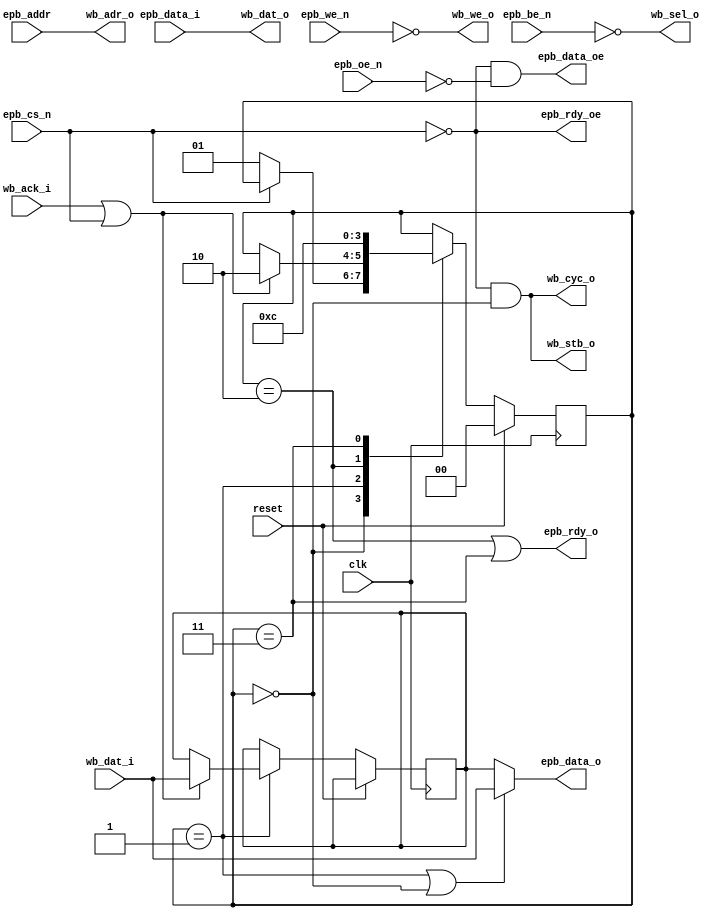
module epb_wb_bridge(
    clk, reset,
    epb_cs_n, epb_oe_n, epb_we_n, epb_be_n,
    epb_addr,
    epb_data_i, epb_data_o, epb_data_oe,
    epb_rdy_o, epb_rdy_oe,
    wb_cyc_o, wb_stb_o, wb_we_o, wb_sel_o,
    wb_adr_o, wb_dat_o, wb_dat_i,
    wb_ack_i
  );
  input  clk, reset;
  input  epb_cs_n, epb_oe_n, epb_we_n, epb_be_n;
  input  [4:0] epb_addr;
  input  [7:0] epb_data_i;
  output [7:0] epb_data_o;
  output epb_data_oe;
  output epb_rdy_o;
  output epb_rdy_oe;
  output wb_cyc_o, wb_stb_o, wb_we_o, wb_sel_o;
  output [4:0] wb_adr_o;
  output [7:0] wb_dat_o;
  input  [7:0] wb_dat_i;
  input  wb_ack_i;

  wire epb_trans_strb;

  assign wb_cyc_o    = epb_trans_strb;
  assign wb_stb_o    = epb_trans_strb;
  assign wb_we_o     = !epb_we_n;
  assign wb_sel_o    = !epb_be_n;
  assign wb_adr_o    = epb_addr;
  assign wb_dat_o    = epb_data_i;
  assign epb_data_oe = !epb_cs_n && !epb_oe_n;

  /* EPB transaction decoding */

  reg [1:0] epb_state;
  localparam IDLE      = 0;
  localparam WB_WAIT   = 1;
  localparam BUS_WAIT0 = 2;
  localparam BUS_WAIT1 = 3;

  reg [7:0] epb_data_reg;
  always @(posedge clk) begin
    if (reset) begin
      epb_state <= IDLE;
    end else begin
      case (epb_state)
        IDLE: begin
          if (!epb_cs_n) begin
            epb_state <= WB_WAIT;
          end
        end
        WB_WAIT: begin
          if (wb_ack_i || epb_cs_n) begin
            epb_state <= BUS_WAIT0;
            epb_data_reg <= wb_dat_i;
          end
        end
        BUS_WAIT0: begin
          epb_state <= BUS_WAIT1;
        end
        BUS_WAIT1: begin
          epb_state <= IDLE;
        end
      endcase
    end
  end

  assign epb_trans_strb = !epb_cs_n && (epb_state == IDLE);
  
  assign epb_rdy_oe = !epb_cs_n;
  assign epb_rdy_o = epb_state == BUS_WAIT0 || epb_state == BUS_WAIT1;

  assign epb_data_o = epb_state == WB_WAIT || epb_state == IDLE ? wb_dat_i : epb_data_reg;

endmodule